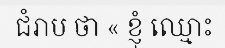
ជំរាប ថា « ខ្ញុំ ឈ្មោះ